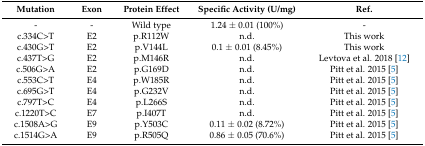
| Mutation | Exon | Protein Effect | Specific Activity (U/mg) | Ref. |
 | --- | --- | --- | --- | --- |
 | - | - | Wild type | 1.24 ± 0.01 (100%) | - |
 | c.334C>T | E2 | p.R112W | n.d. | This work |
 | c.430G>T | E2 | p.V144L | 0.1 ± 0.01 (8.45%) | This work |
 | c.437T>G | E2 | p.M146R | n.d. | Levtova et al. 2018 [12] |
 | c.506G>A | E2 | p.G169D | n.d. | Pitt et al. 2015 [5] |
 | c.553C>T | E4 | p.W185R | n.d. | Pitt et al. 2015 [5] |
 | c.695G>T | E4 | p.G232V | n.d. | Pitt et al. 2015 [5] |
 | c.797T>C | E4 | p.L266S | n.d. | Pitt et al. 2015 [5] |
 | c.1220T>C | E7 | p.I407T | n.d. | Pitt et al. 2015 [5] |
 | c.1508A>G | E9 | p.Y503C | 0.11 ± 0.02 (8.72%) | Pitt et al. 2015 [5] |
 | c.1514G>A | E9 | p.R505Q | 0.86 ± 0.05 (70.6%) | Pitt et al. 2015 [5] |